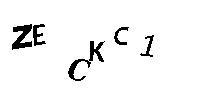
ZECKC1